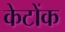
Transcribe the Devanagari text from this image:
केटोंक